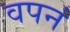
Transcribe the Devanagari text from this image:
वपनं